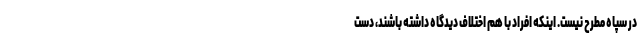
در سپاه مطرح نیست. اینکه افراد با هم اختلاف دیدگاه داشته باشند، دست